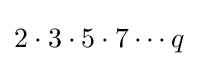
2\cdot 3\cdot 5\cdot 7\cdots q